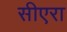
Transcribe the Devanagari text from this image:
सीएरा